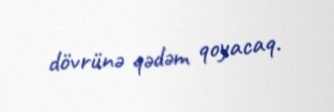
dövrünə qədəm qoyacaq.